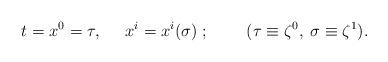
LaTeX: \begin{align*}t=x^0=\tau,\;\;\;\;\;x^{i}=x^{i}(\sigma){\;};\;\;\;\;\;\;\;\;(\tau\equiv\zeta^0,\;\sigma\equiv\zeta^1).\end{align*}